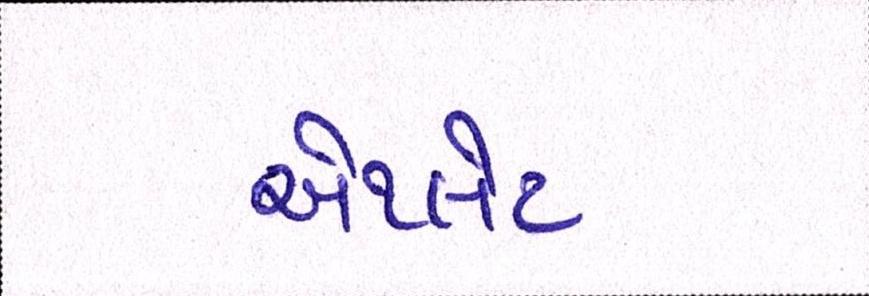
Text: એથ્લેટ